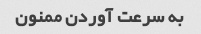
به سرعت آوردن ممنون